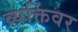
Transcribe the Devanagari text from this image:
व्यक्तिंवर